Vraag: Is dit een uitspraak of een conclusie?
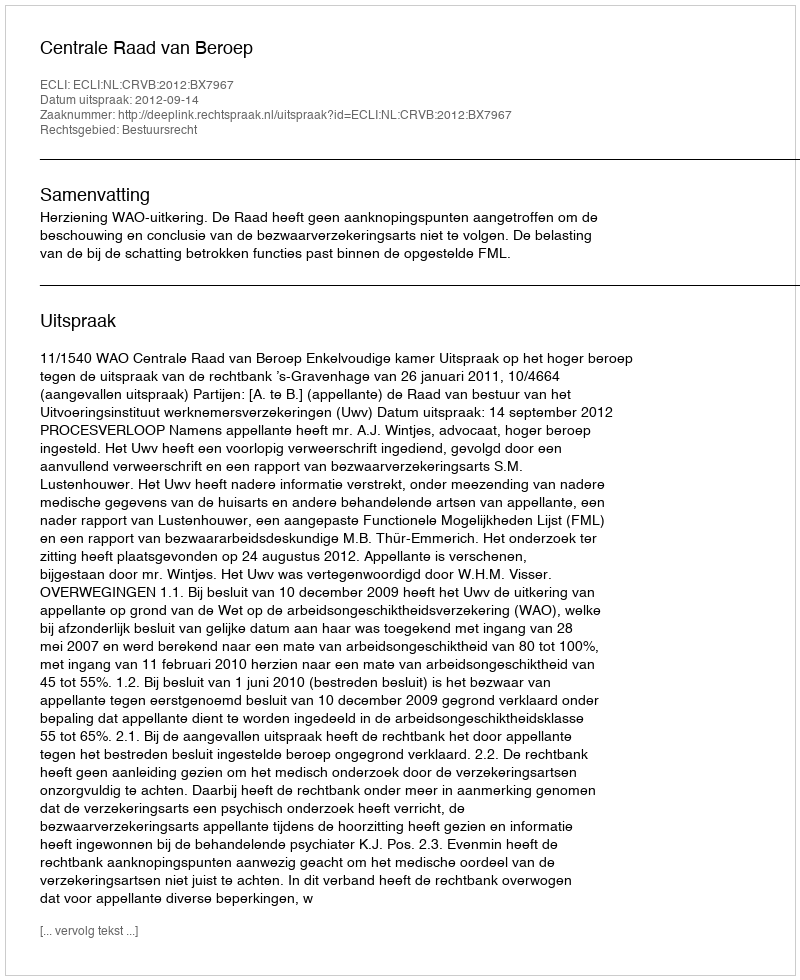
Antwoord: Uitspraak